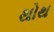
થોથ